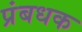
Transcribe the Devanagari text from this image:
प्रंबधक